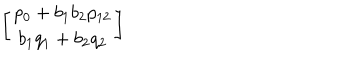
LaTeX: \left[ \begin{array} { c } { { p _ { 0 } + b _ { 1 } b _ { 2 } p _ { 1 2 } } } \\ { { b _ { 1 } q _ { 1 } + b _ { 2 } q _ { 2 } } } \\ \end{array} \right]